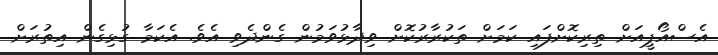
އެސްއޯޕީއަށް ތިރިކޮށްފައި ކަމަށް ތަކުރާރުކޮށް ވިދާޅުވަމުން ގެންދެވި އެވެ. އެކަމާ ގުޅިގެން އިތުރަށް